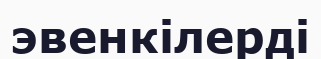
эвенкілерді